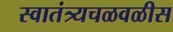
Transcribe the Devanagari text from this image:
स्वातंत्र्यचळवळीस